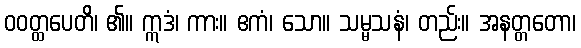
ဝဝတ္ထပေတိ၊ ၏။ ဣဒံ၊ ကား။ ဧကံ၊ သော။ သမ္မသနံ၊ တည်း။ အနတ္တတော၊